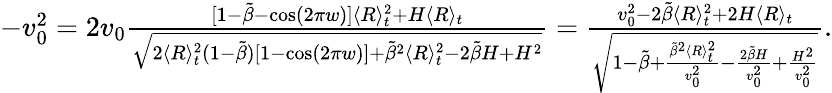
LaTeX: \begin{array}{r}{-v_{0}^{2}=2v_{0}\frac{[1-\tilde{\beta}-\cos(2\pi w)]\langle R\rangle_{t}^{2}+H\langle R\rangle_{t}}{\sqrt{2\langle R\rangle_{t}^{2}(1-\tilde{\beta})[1-\cos(2\pi w)]+\tilde{\beta}^{2}\langle R\rangle_{t}^{2}-2\tilde{\beta}H+H^{2}}}=\frac{v_{0}^{2}-2\tilde{\beta}\langle R\rangle_{t}^{2}+2H\langle R\rangle_{t}}{\sqrt{1-\tilde{\beta}+\frac{\tilde{\beta}^{2}\langle R\rangle_{t}^{2}}{v_{0}^{2}}-\frac{2\tilde{\beta}H}{v_{0}^{2}}+\frac{H^{2}}{v_{0}^{2}}}}.}\end{array}